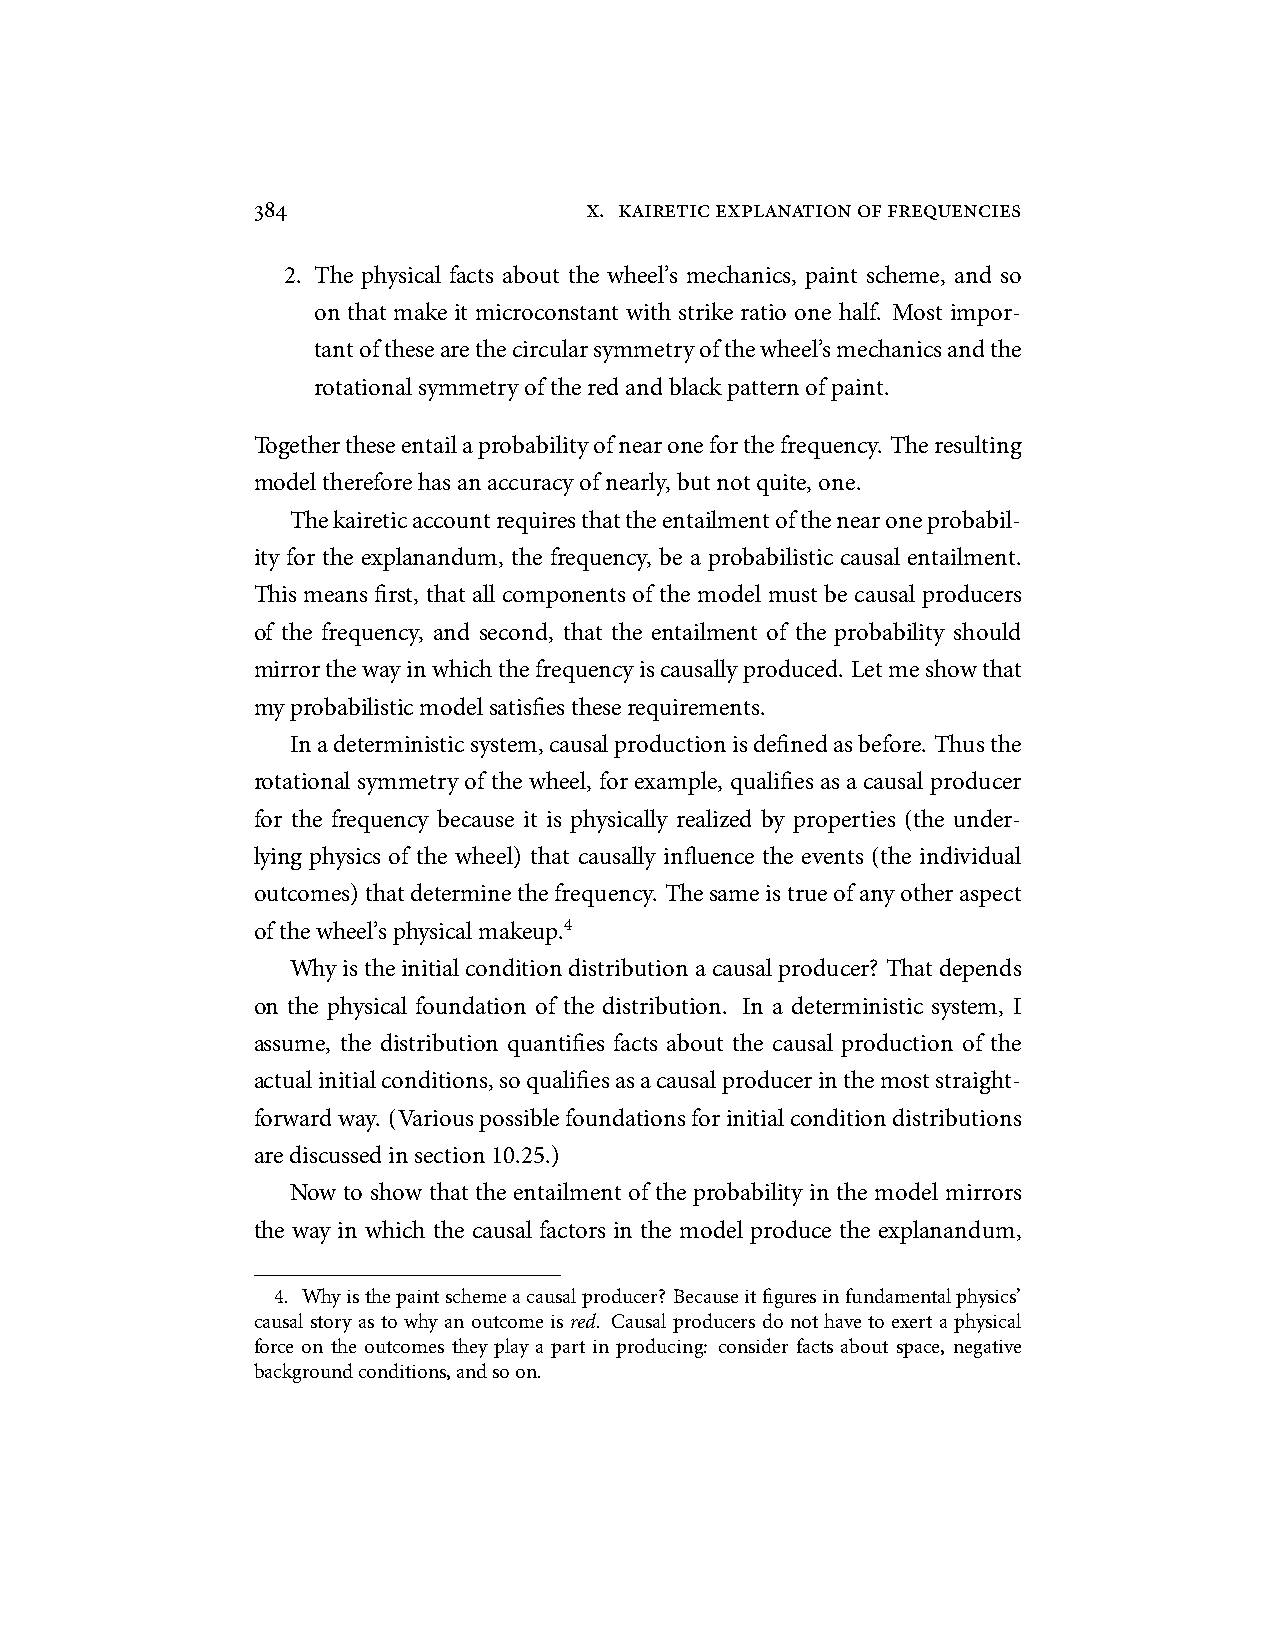
384                   x. kaireticexplanationoffrequencies
 2. The physical facts about the wheel’s mechanics, paint scheme, and so
 on that make it microconstant with strike ratio one half. Most impor-
 tantofthesearethecircularsymmetryofthewheel’smechanicsandthe
 rotationalsymmetryoftheredandblackpatternofpaint.
 Togethertheseentailaprobabilityofnearoneforthefrequency. Theresulting
 modelthereforehasanaccuracyofnearly,butnotquite,one.
 Thekaireticaccountrequiresthattheentailmentofthenearoneprobabil-
 ity for the explanandum, the frequency, be a probabilistic causal entailment.
 This means first, that all components of the model must be causal producers
 of the frequency, and second, that the entailment of the probability should
 mirrorthewayinwhichthefrequencyiscausallyproduced. Letmeshowthat
 myprobabilisticmodelsatisfiestheserequirements.
 Inadeterministicsystem,causalproductionisdefinedasbefore. Thusthe
 rotational symmetry of the wheel, for example, qualifies as a causal producer
 for the frequency because it is physically realized by properties (the under-
 lying physics of the wheel) that causally influence the events (the individual
 outcomes)thatdeterminethefrequency. Thesameistrueofanyotheraspect
 ofthewheel’sphysicalmakeup.4
 Whyistheinitialconditiondistributionacausalproducer? Thatdepends
 on the physical foundation of the distribution. In a deterministic system, I
 assume, the distribution quantifies facts about the causal production of the
 actualinitialconditions,soqualifiesasacausalproducerinthemoststraight-
 forwardway. (Variouspossiblefoundationsforinitialconditiondistributions
 arediscussedinsection10.25.)
 Now to show that the entailment of the probability in the model mirrors
 the way in which the causal factors in the model produce the explanandum,
 4. Whyisthepaintschemeacausalproducer? Becauseitfiguresinfundamentalphysics’
 causal story as to why an outcome is red. Causal producers do not have to exert a physical
 force on the outcomes they play a part in producing: consider facts about space, negative
 backgroundconditions,andsoon.